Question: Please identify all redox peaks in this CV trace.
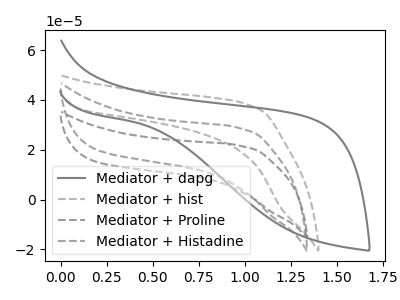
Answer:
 <answer>The gray curve "Mediator + dapg" has no peaks. The gray dashed curve "Mediator + hist" has no peaks. The gray dashed curve "Mediator + Proline" has no peaks. The gray dashed curve "Mediator + Histadine" has no peaks.</answer>
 <eval></eval>